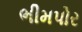
ભીમપોર